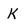
Character: k